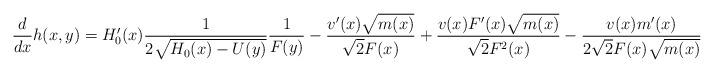
LaTeX: \begin{align*}\frac{d}{dx}h(x,y)=H'_{0}(x)\frac{1}{2\sqrt{H_{0}(x)-U(y)}}\frac{1}{F(y)}-\frac{v'(x)\sqrt{m(x)}}{\sqrt{2}F(x)}+\frac{v(x)F'(x)\sqrt{m(x)}}{\sqrt{2}F^{2}(x)}-\frac{v(x)m'(x)}{2\sqrt{2}F(x)\sqrt{m(x)}}\end{align*}